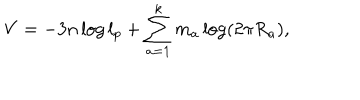
V = - 3 n \log l _ { p } + \sum _ { a = 1 } ^ { k } m _ { a } \log ( 2 \pi R _ { a } ) ,